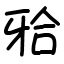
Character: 𬌗